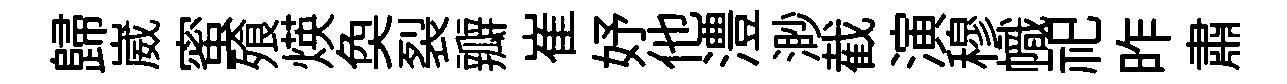
歸崴蜜飱煐奐裂瓣崔妤他澧渺截演穆幟祀昨肅